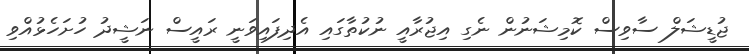
ޖުޑީޝަލް ސާވިސް ކޮމިޝަނުން ނެގި އިޖުރާއީ ނުކުތާގައި އެދިފައިވަނީ ރައީސް ނަޝީދު ހުށަހެޅުއްވި